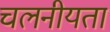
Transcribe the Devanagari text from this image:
चलनीयता